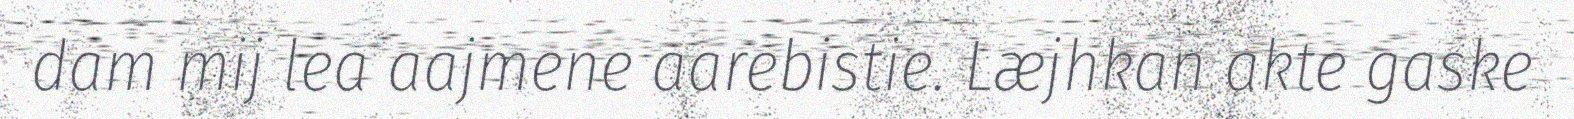
dam mij lea aajmene aarebistie. Læjhkan akte gaske